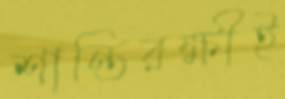
শান্তিরক্ষীই